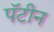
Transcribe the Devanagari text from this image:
पॅटीन